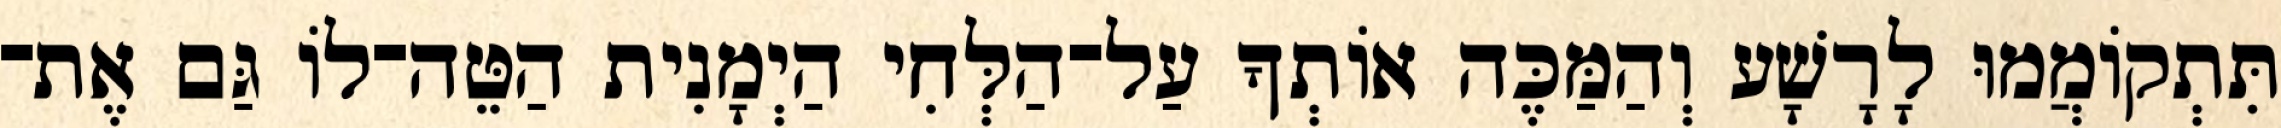
תִּתְקוֹמֲמוּ לָרָשָׁע וְהַמַּכֶּה אוֹתְךָ עַל־הַלְּחִי הַיְמָנִית הַטֵּה־לוֹ גַּם אֶת־